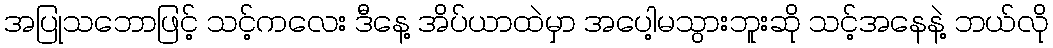
အပြုသဘောဖြင့် သင့်ကလေး ဒီနေ့ အိပ်ယာထဲမှာ အပေါ့မသွားဘူးဆို သင့်အနေနဲ့ ဘယ်လို